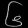
Digit: ၆